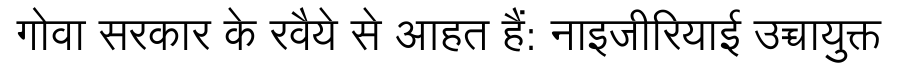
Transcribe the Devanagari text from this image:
गोवा सरकार के रवैये से आहत हैं: नाइजीरियाई उच्चायुक्त